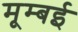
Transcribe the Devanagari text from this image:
मूम्बई